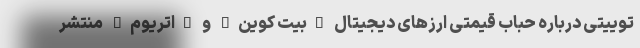
توییتی درباره حباب قیمتی ارزهای دیجیتال "بیت کوین" و "اتریوم" منتشر